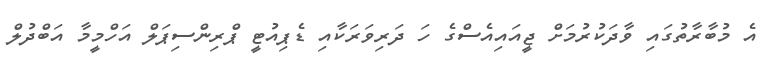
އެ މުބާރާތުގައި ވާދަކުރުމަށް ޖީއައިއެސްގެ ހަ ދަރިވަރަކާއި ޑެޕިއުޓީ ޕްރިންސިޕަލް އަހްމީމާ އަބްދުލް